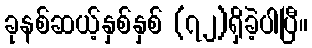
ခုနစ်ဆယ့်နှစ်နှစ် (၇၂)ရှိခဲ့ပါပြီ။